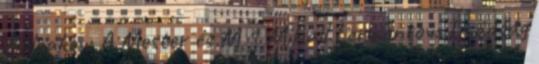
Bulgakov: A Mester és M 1 Mihail Lermontov: Imádság